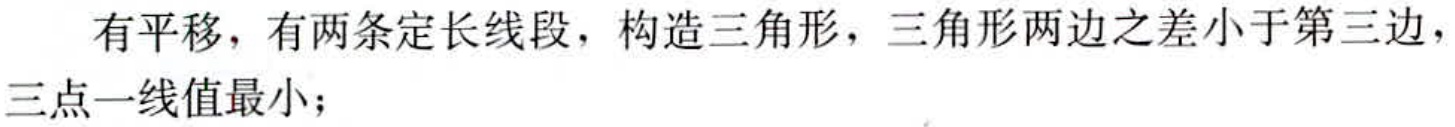
有平移，有两条定长线段，构造三角形，三角形两边之差小于第三边，三点一线值最小；